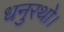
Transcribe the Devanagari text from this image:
धनुरथो।